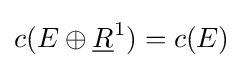
c(E\oplus {\underline {R}}^{1})=c(E)